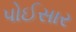
પોઈસાર